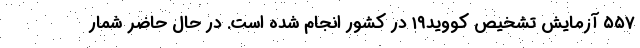
۵۵۷ آزمایش تشخیص کووید۱۹ در کشور انجام شده است. در حال حاضر شمار